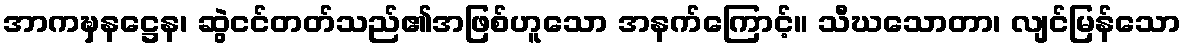
အာကဍ္ဎှနဋ္ဌေန၊ ဆွဲငင်တတ်သည်၏အဖြစ်ဟူသော အနက်ကြောင့်။ သီဃသောတာ၊ လျင်မြန်သော